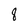
Character: 8